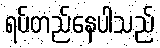
ရပ်တည်နေပါသည်